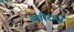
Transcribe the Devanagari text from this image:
यतीराज